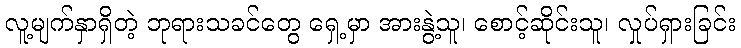
လူ့မျက်နှာရှိတဲ့ ဘုရားသခင်တွေ ရှေ့မှာ အားနွဲ့သူ၊ စောင့်ဆိုင်းသူ၊ လှုပ်ရှားခြင်း